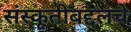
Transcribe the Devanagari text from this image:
संस्कृतीबद्दलचे